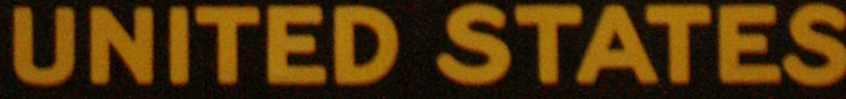
UNITED STATES